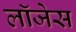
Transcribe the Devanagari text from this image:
लॉजेस